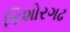
કિશોરગઢ